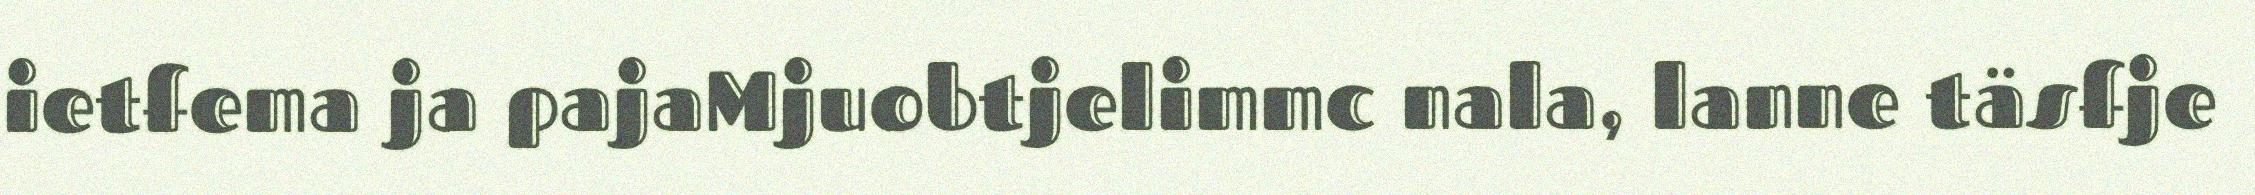
ietfema ja pajaMjuobtjelimmc nala, lanne täsfje